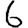
Digit: 6